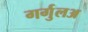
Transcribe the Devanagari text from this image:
गर्गुलअ